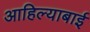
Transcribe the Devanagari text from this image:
आहिल्याबाई